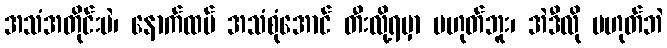
အသံအတိုင်းပဲ၊ နောက်ထပ် အသံစုံအောင် တီးလို့ရမှာ မဟုတ်ဘူး၊ အဲဒီလို မဟုတ်ဘဲ